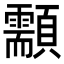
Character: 顬